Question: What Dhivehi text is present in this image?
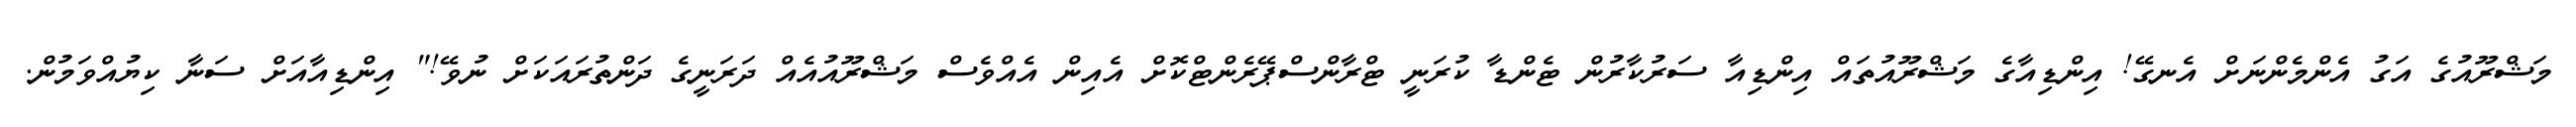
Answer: މަޝްރޫއުގެ އަގު އެންމެންނަށް އެނގޭ! އިންޑިއާގެ މަޝްރޫއުތައް އިންޑިއާ ސަރުކާރުން ޓެންޑާ ކުރަނީ ޓްރާންސްޕޭރެންޓްކޮށް އެއިން އެއްވެސް މަޝްރޫއުއެއް ދަރަނީގެ ދަންތުރައަކަށް ނުވޭ!" އިންޑިއާއަށް ސަނާ ކިޔުއްވަމުން.